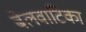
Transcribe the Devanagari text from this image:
बेलवाटिका